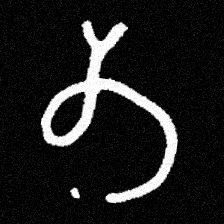
Pyu character \u2014 Myanmar letter: တ (romanized: ta)